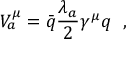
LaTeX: V _ { a } ^ { \mu } = { \bar { q } } { \frac { \lambda _ { a } } { 2 } } \gamma ^ { \mu } q \ \ ,